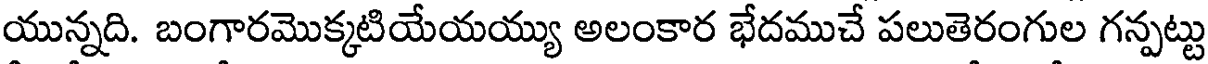
యున్నది. బంగారమొక్కటియేయయ్యు అలంకార భేదముచే పలుతెరంగుల గన్పట్టు